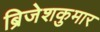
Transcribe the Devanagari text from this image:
ब्रिजेशकुमार